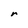
Character: r